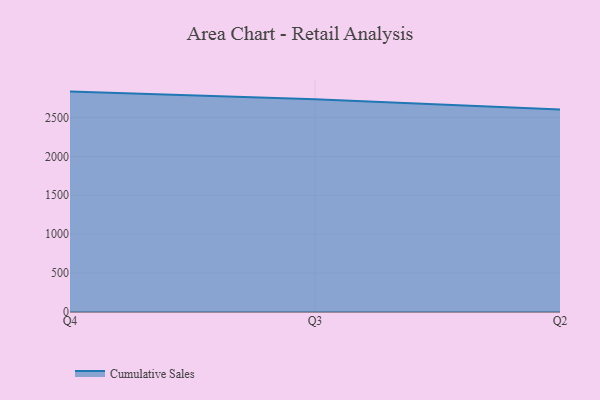
{"axis": {"x": "Quarter", "y": "Churn Rate (%)"}, "legend": ["Cumulative Sales"], "data": [{"x": "Q4", "y": 2831.7, "type": "Cumulative Sales"}, {"x": "Q3", "y": 2733.0, "type": "Cumulative Sales"}, {"x": "Q2", "y": 2602.2, "type": "Cumulative Sales"}]}